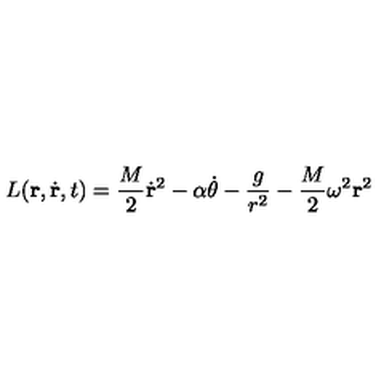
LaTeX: L ( { \bf r } , \dot { \bf r } , t ) = \frac { M } { 2 } \dot { \bf r } ^ { 2 } - \alpha \dot { \theta } - \frac { g } { r ^ { 2 } } - \frac { M } { 2 } \omega ^ { 2 } { \bf r } ^ { 2 }